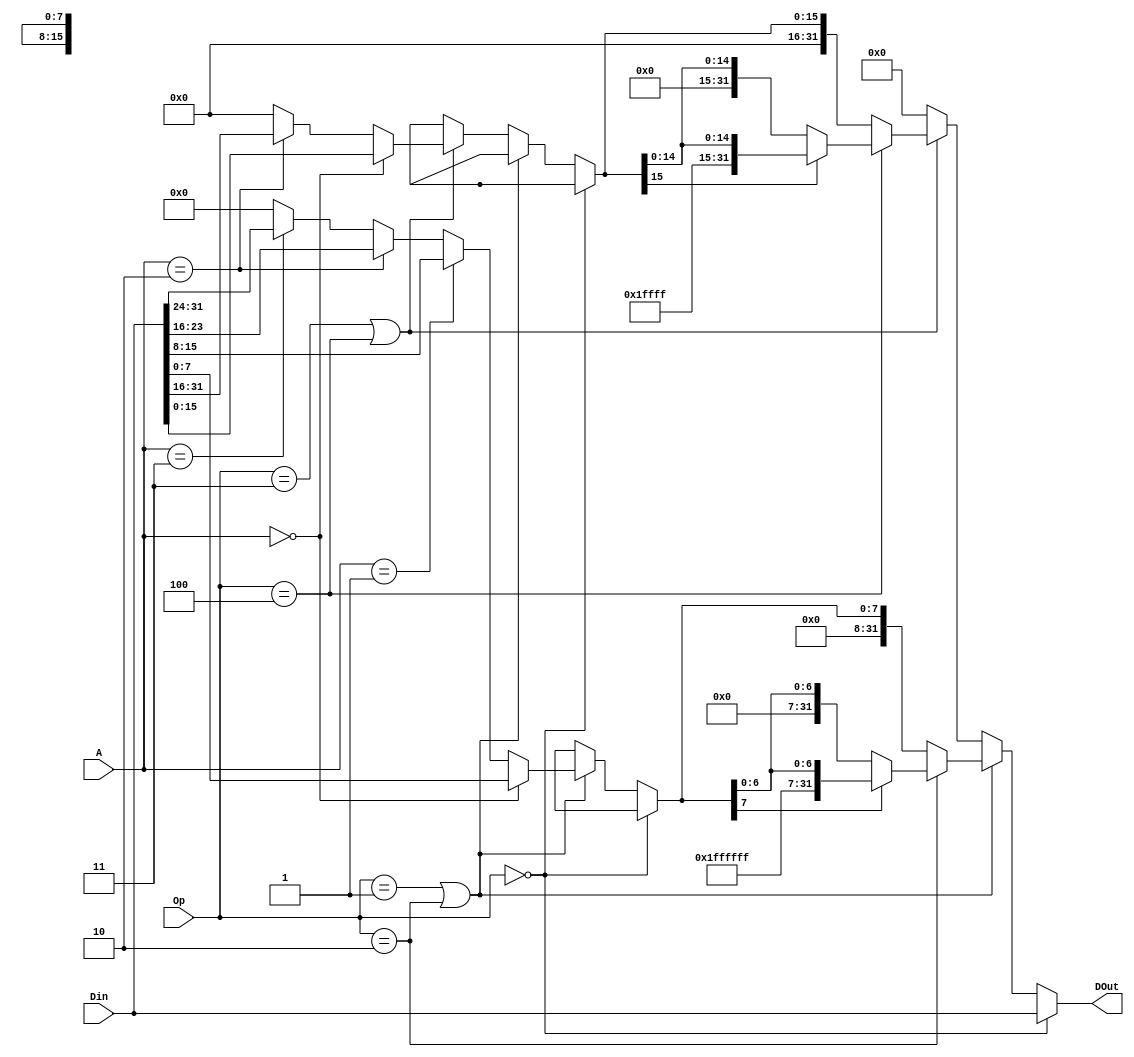
`timescale 1ns / 1ps
//////////////////////////////////////////////////////////////////////////////////
// Company: 
// Engineer: 
// 
// Design Name: 
// Module Name:    RM_ext 
// Project Name: 
// Target Devices: 
// Tool versions: 
// Description: 
//
// Dependencies: 
//
// Revision: 
// Revision 0.01 - File Created
// Additional Comments: 
//
//////////////////////////////////////////////////////////////////////////////////
module RM_ext(
	A,Din,Op,DOut
    );
	input[1:0] A;
	input[2:0] Op;
	input[31:0] Din;
	output reg[31:0] DOut;
	always@(*)
	begin
		DOut=0;
		if(Op==0)
			DOut=Din;
		else if(Op==1||Op==2)
		begin
			if(A==0)
				DOut[7:0]=Din[7:0];
			else if(A==1)
				DOut[7:0]=Din[15:8];
			else if(A==2)
				DOut[7:0]=Din[23:16];
			else if(A==3)
				DOut[7:0]=Din[31:24];
			if(Op==2)
			begin
				if(DOut[7]==1)
					DOut={24'hffffff,DOut[7:0]};
			end
		end
		else if(Op==3||Op==4)
		begin
			if(A==0)
				DOut[15:0]=Din[15:0];
			else if(A==2)
				DOut[15:0]=Din[31:16];
			if(Op==4)
			begin
				if(DOut[15]==1)
					DOut={16'hffff,DOut[15:0]};
			end
		end
	end
endmodule